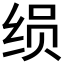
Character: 𰬚